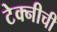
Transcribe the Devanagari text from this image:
टेक्नीची